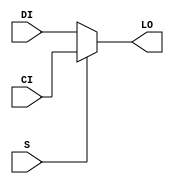
module MUXCY_L (LO, CI, DI, S);

    output LO;
    reg    LO;

    input  CI, DI, S;

	always @(CI or DI or S) 
	    if (S)
		LO = CI;
	    else
		LO = DI;
endmodule